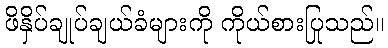
ဖိနှိပ်ချုပ်ချယ်ခံများကို ကိုယ်စားပြုသည်။